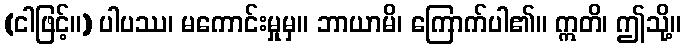
(ငါဖြင့်။) ပါပဿ၊ မကောင်းမှုမှ။ ဘာယာမိ၊ ကြောက်ပါ၏။ ဣတိ၊ ဤသို့။